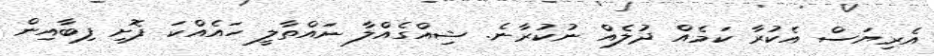
އެރިޔަސް އެކުރާ ކަމެއް ދުލެއް ނުކުރާނެ. ޝިއްގެއްލާ ނައްތާލީ ހައެއްކަ ފޮށި ފިބާއިން